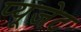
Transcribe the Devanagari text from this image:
प्यूजेट